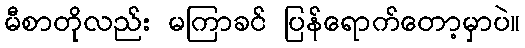
မီစာတိုလည်း မကြာခင် ပြန်ရောက်တော့မှာပဲ။